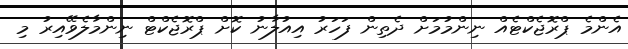
އެންމެ ޕްރޮޖެކްޓެއް ނިންމުމަށް ދެތިން ފަހަރު އިއުލާނު ކޮށް ޕްރޮޖެކްޓް ނިންމާލެވޭއިރު މި